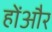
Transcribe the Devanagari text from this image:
होंऔर